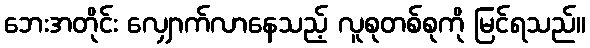
ဘေးအတိုင်း လျှောက်လာနေသည့် လူစုတစ်စုကို မြင်ရသည်။